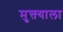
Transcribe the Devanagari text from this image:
मुक्त्याला